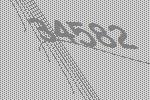
34582